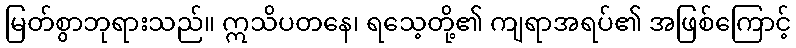
မြတ်စွာဘုရားသည်။ ဣသိပတနေ၊ ရသေ့တို့၏ ကျရာအရပ်၏ အဖြစ်ကြောင့်